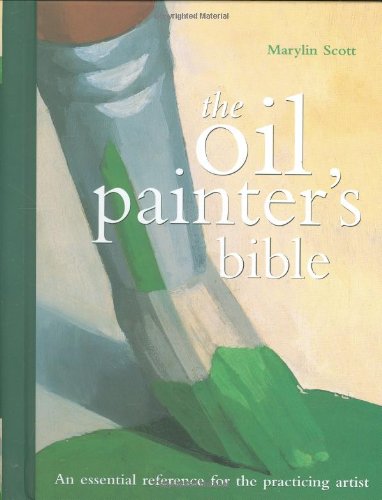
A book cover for Oil Painter's Bible: An Essential Reference for the Practicing Artist (Artist's Bibles); Marylin Scott; Arts & Photography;